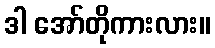
ဒါ အော်တိုကားလား။